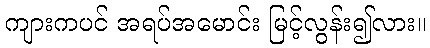
ကျားကပင် အရပ်အမောင်း မြင့်လွန်း၍လား။